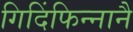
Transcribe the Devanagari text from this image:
गिदिंफिन्‍नानै